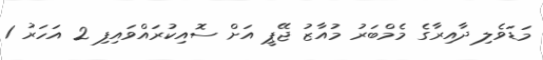
މަޑަވެލި ދާއިރާގެ މެމްބަރު މުއާޒު ޖޭޕީ އަަށް ސޮއިކުރައްވައިފި 2 އަހަރު 1